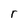
Character: r